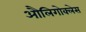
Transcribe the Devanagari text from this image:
औलिगोक्लेस